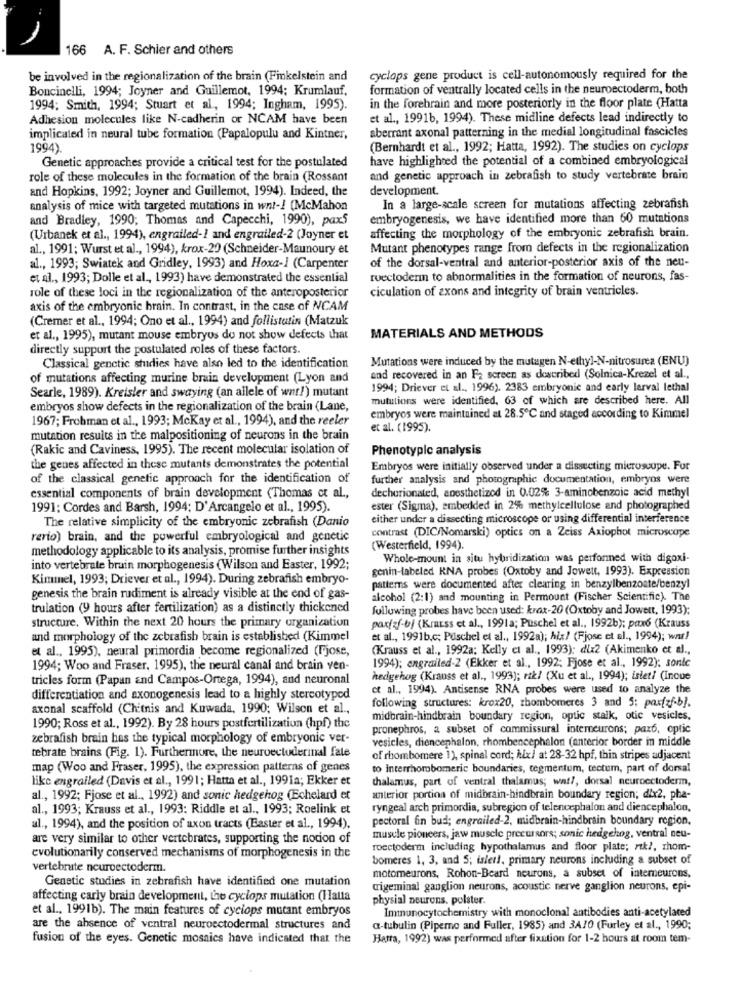
166 A. F. Schier and others
be involved in the regionalization of the brain (Finkelstein and
cyclops gene product is cell-autonomously required for the
Boncinelli, 1994; Joyner and Guillemot, 1994; Krumlauf,
formation of ventrally located cells in the neuroectoderm, both
1994; Smith, 1994; Stuart et al, 1994; Ingham, 1995).
in the forebrain and more posteriorly in the floor plate (Hatta
Adhesion molecules like N-cadherin or NCAM have been
et al ., 19916, 1994). These midline defects lead indirectly to
aberrant axonal patterning in the medial longitudinal fascicles
implicated in neural tube formation (Papalopulu and Kintner,
1994).
(Bernhardt et al ., 1992; Hatta, 1992). The studies on cyclops
have highlighted the potential of a combined embryological
Genetic approaches provide a critical test for the postulated
role of these molecules in the formation of the brain (Rossant
and genetic approach in zebrafish to study vertebrate brain
and Hopkins, 1992; Joyner and Guillemot, 1994). Indeed, the
development.
analysis of mice with targeted mutations in wnt -! (McMahon
In a large-scale screen for mutations affecting zebrafish
and Bradley, 1990; Thomas and Capecchi, 1990), pax5
embryogenesis, we have identified more than 60 mutations
(Urbanek et al ., 1994), engrailed -! and engrailed-2 (Joyner et
affecting the morphology of the embryonic zebrafish brain.
al ., 1991; Wurst et al ., 1994), krox-20 (Schneider-Maunoury et
Mutant phenotypes range from defects in the regionalization
of the dorsal-ventral and anterior-posterior axis of the neu-
al ., 1993; Swiatek and Gridley, 1993) and Hoxa-1 (Carpenter
et al ., 1993; Dolle et al ., 1993) have demonstrated the essential
ruectoderm to abnormalities in the formation of neurons, fas-
ciculation of axons and integrity of brain ventricles.
role of these loci in the regionalization of the anteroposterior
axis of the embryonic brain. In contrast, in the case of NCAM
(Cremer et al ., 1994; Ono et al ., 1994) and follistatin (Matzuk
et al ., 1995), mutant mouse embryos do not show defects that
MATERIALS AND METHODS
directly support the postulated roles of these factors.
Mutations were induced by the mutagen N-ethyl-N-nitrosurea (ENU)
Classical genetic studies have also led to the identification
of mutations affecting murine brain development (Lyon and
and recovered in an F2 screen as described (Solnica-Krezel et al .,
Searle, 1989). Kreisler and swaying (an allele of war!) mutant
1994; Driever et al ., 1996). 2383 embryonic and early larval lethal
mutulions were identified, 63 of which are described here. All
embryos show defects in the regionalization of the brain (Lane,
1967; Frobman et al ., 1993; Mckay et al ., 1994), and the reeler
embryos were maintained at 28.5℃ and staged according to Kimmel
et al. (1995).
mutation results in the malpositioning of neurons in the brain
(Rakic and Caviness, 1995). The recent molecular isolation of
Phenotypic analysis
the genes affected in these mutants demonstrates the potential
Embryos were initially observed under a dissecting microscope. For
of the classical genetic approach for the identification of
further analysis and photographic documentation, embryos were
dechorionated, anesthetized in 0.02% 3-aminobenzoic acid methyl
essential components of brain development (Thomas et al .,
1991: Cordes and Barsh, 1994; D'Arcangelo et al ., 1995).
ester (Sigma), embedded in 2%% methylcellulose and photographed
The relative simplicity of the embryonic zebrafish (Danio
either under a dissecting microscope or using differential interference
contrast (DIC/Nomarski) optics on a Zeiss Axiophot microscope
rerio) brain, and the powerful embryological and genetic
methodology applicable to its analysis, promise further insights
(Westerfield, 1994).
Whole-mount in situ hybridization was performed with digoxi-
into vertebrate bruin morphogenesis (Wilson and Easter, 1992;
genin-labeled KNA probes (Oxtoby and Jowett, 1993). Expression
Kimmel, 1993; Driever et al ., 1994). During zebrafish embryo-
patterns were documented after clearing in benzylbenzoate/benzyl
genesis the brain rudiment is already visible at the end of gas-
alcohol (2:1) and mounting in Permount (Fischer Scientific). The
trulation (9 hours after fertilization) as a distinctly thickened
following probes have been used: krax-20 (Oxtoby and Jowett, 1993):
structure, Within the next 20 hours the primary organization
parizf-b) (Krauss et al ., 1991a; Puschel et al ., 1992b); pax6 (Krauss
and morphology of the zebrafish brain is established (Kimmel
et al ., 1991b,c; Püschel et al ., 1992a); hix/ (Fjose et al ., 1994); wnur!
et al ., 1995), neural primordia become regionalized (Fjose,
(Krauss et al ., 1992a; Kelly et al ., 1993); dix2 (Akimenko et al .,
1994; Woo and Fraser, 1995), the neural canal and brain ven-
1994); engrailed-2 (Ekker et al ., 1992; Fjose et al ., 1992); sonlc
tricles form (Papan and Campos-Ortega, 1994), and neuronal
hedgehog (Krauss et al ., 1993); rtk/ (Xu et al ., 1994); istet! (Inoue
et al ., 1994). Antisense RNA probes were used to analyze the
differentiation and axonogenesis lead to a highly stereotyped
axonal scaffold (Chitnis and Kuwada, 1990; Wilson et al .,
following structures: krox20, rhombomeres 3 and 5: pax[zf-b].
midbrain-hindbrain boundary region, optic stalk, otic vesicles.
1990; Ross et al ., 1992). By 28 hours postfertilization (hpf) the
pronephros, a subset of commissural interneurons; pax6, optic
zebrafish brain has the typical morphology of embryonic ver-
vesicles, diencephalon, rhombencephalon (anterior border in middle
tebrate brains (Fig. 1). Furthermore, the neuroectoderinal fate
of rhombomere 1), spinal cord; hlx/ at 28-32 hpf, thin stripes adjacent
map (Woo and Fraser, 1995), the expression patterns of genes
to interrhorobomeric boundaries, tegmentum, cectum, part of dorsal
like engrailed (Davis et al ., 1991; Hatta et al ., 1991a; Ekker et
thalamus, part of ventral thalamus; wat !, dorsal neuroectoderm,
al ., 1992; Fjose et al ., 1992) and sonic hedgehog (Echelard et
anterior portion of midbrain-hindbrain boundary region; dix2, pha-
al ., 1993; Krauss et al ., 1993: Riddle et al ., 1993; Roelink et
ryngeal arch primordia, subregion of telencephalon and diencephalon,
pectoral fin bud; engrailed-2, midbrain-hindbrain boundary region.
al ., 1994), and the position of axon tracts (Baster et al ., 1994).
are very similar to other vertebrates, supporting the notion of
muscle pioneers, jaw muscle precursors; sonic hedgehog, ventral neu-
evolutionarily conserved mechanisms of morphogenesis in the
roectoderm including hypothalamus and floor plate; rtk ?, rhom-
bomeres 1, 3, and 5; isler !, primary neurons including a subset of
vertebrate neuroectoderm.
Genetic studies in zebrafish have identified one mutation
motorneurons, Rohon-Beard neurons, a subset of interneurons,
cigeminal ganglion neurons, acoustic nerve ganglion neurons, epi-
affecting carly brain development, the cyclops mutation (Hauta
physial neurons, polster.
et al ., 1991b). The main features of cyclops mutant embryos
Immunocytochemistry with monoclonal antibodies anti-acetylated
are the absence of ventral neuroectodermal structures and
a-tubulin (Pipemo and Fuller, 1985) and 3A70 (Furley et al ., 1990;
fusion of the eyes. Genetic mosaics have indicated that the
Hatta, 1992) was performed after fixation for 1-2 hours at room tem-